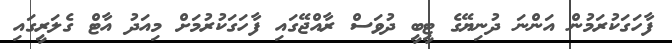
ފާހަގަކުރަމުން އަންނަ ދުނިޔޭގެ ޓީބީ ދުވަސް ރާއްޖޭގައި ފާހަގަކުރުމަށް މިއަދު އާޓް ގެލަރީގައި